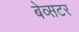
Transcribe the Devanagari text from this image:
बेव्सटर